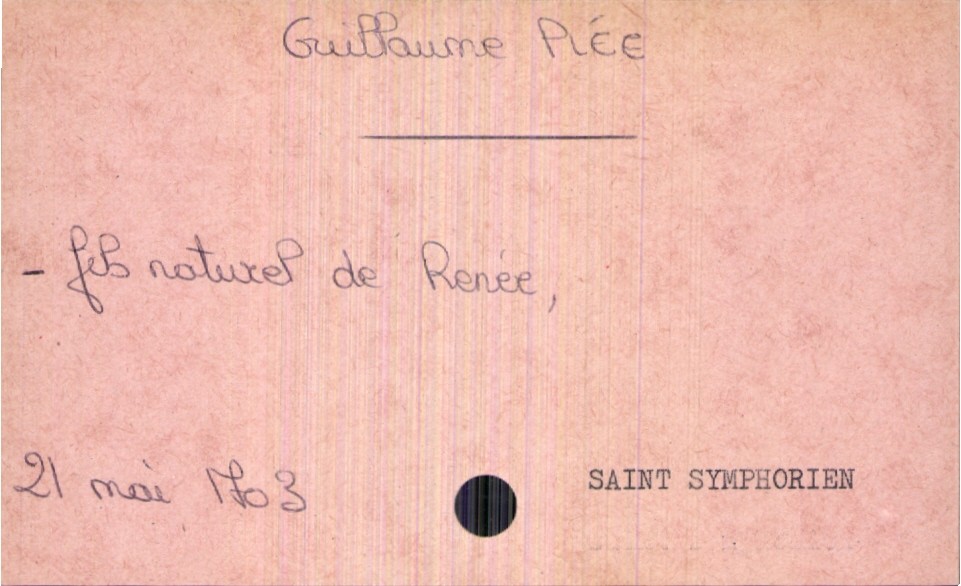
type_acte: Baptême
enfant_prénom: Guillaume
enfant_date_de_naissance: 21 mai 1703
enfant_lieu_de_naissance: Saint Symphorien
mère_enfant_nom: Plée
mère_enfant_prénom: Renée